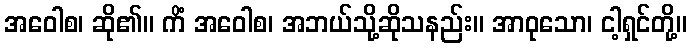
အဝေါစ၊ ဆို၏။ ကိံ အဝေါစ၊ အဘယ်သို့ဆိုသနည်း။ အာဝုသော၊ ငါ့ရှင်တို့။